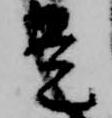
是